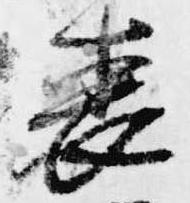
喪